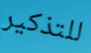
للتذكير